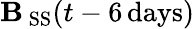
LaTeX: \mathbf{B}_{\mathrm{{\, SS}}}(t-6\mathrm{{\, days}})